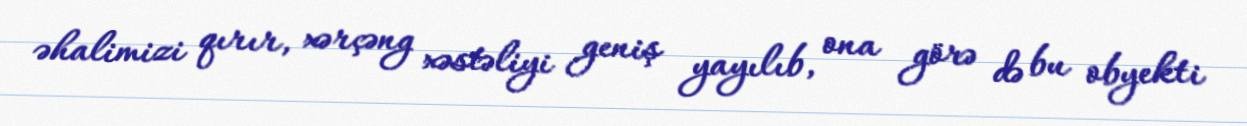
əhalimizi qırır, xərçəng xəstəliyi geniş yayılıb, ona görə də bu obyekti